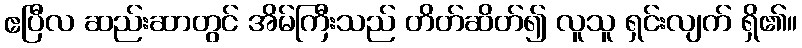
ဧပြီလ ဆည်းဆာတွင် အိမ်ကြီးသည် တိတ်ဆိတ်၍ လူသူ ရှင်းလျက် ရှိ၏။